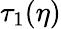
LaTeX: \tau_{1}(\eta)